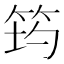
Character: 𥭀